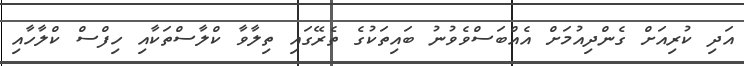
އަދި ކުރިއަށް ގެންދިއުމަށް އެއްބަސްވެވުނު ބައިތަކުގެ ތެރޭގައި ތިލާވާ ކްލާސްތަކާއި ހިފްސް ކްލާހާއި